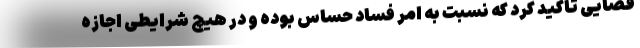
قضایی تاکید کرد که نسبت به امر فساد حساس بوده و در هیچ شرایطی اجازه